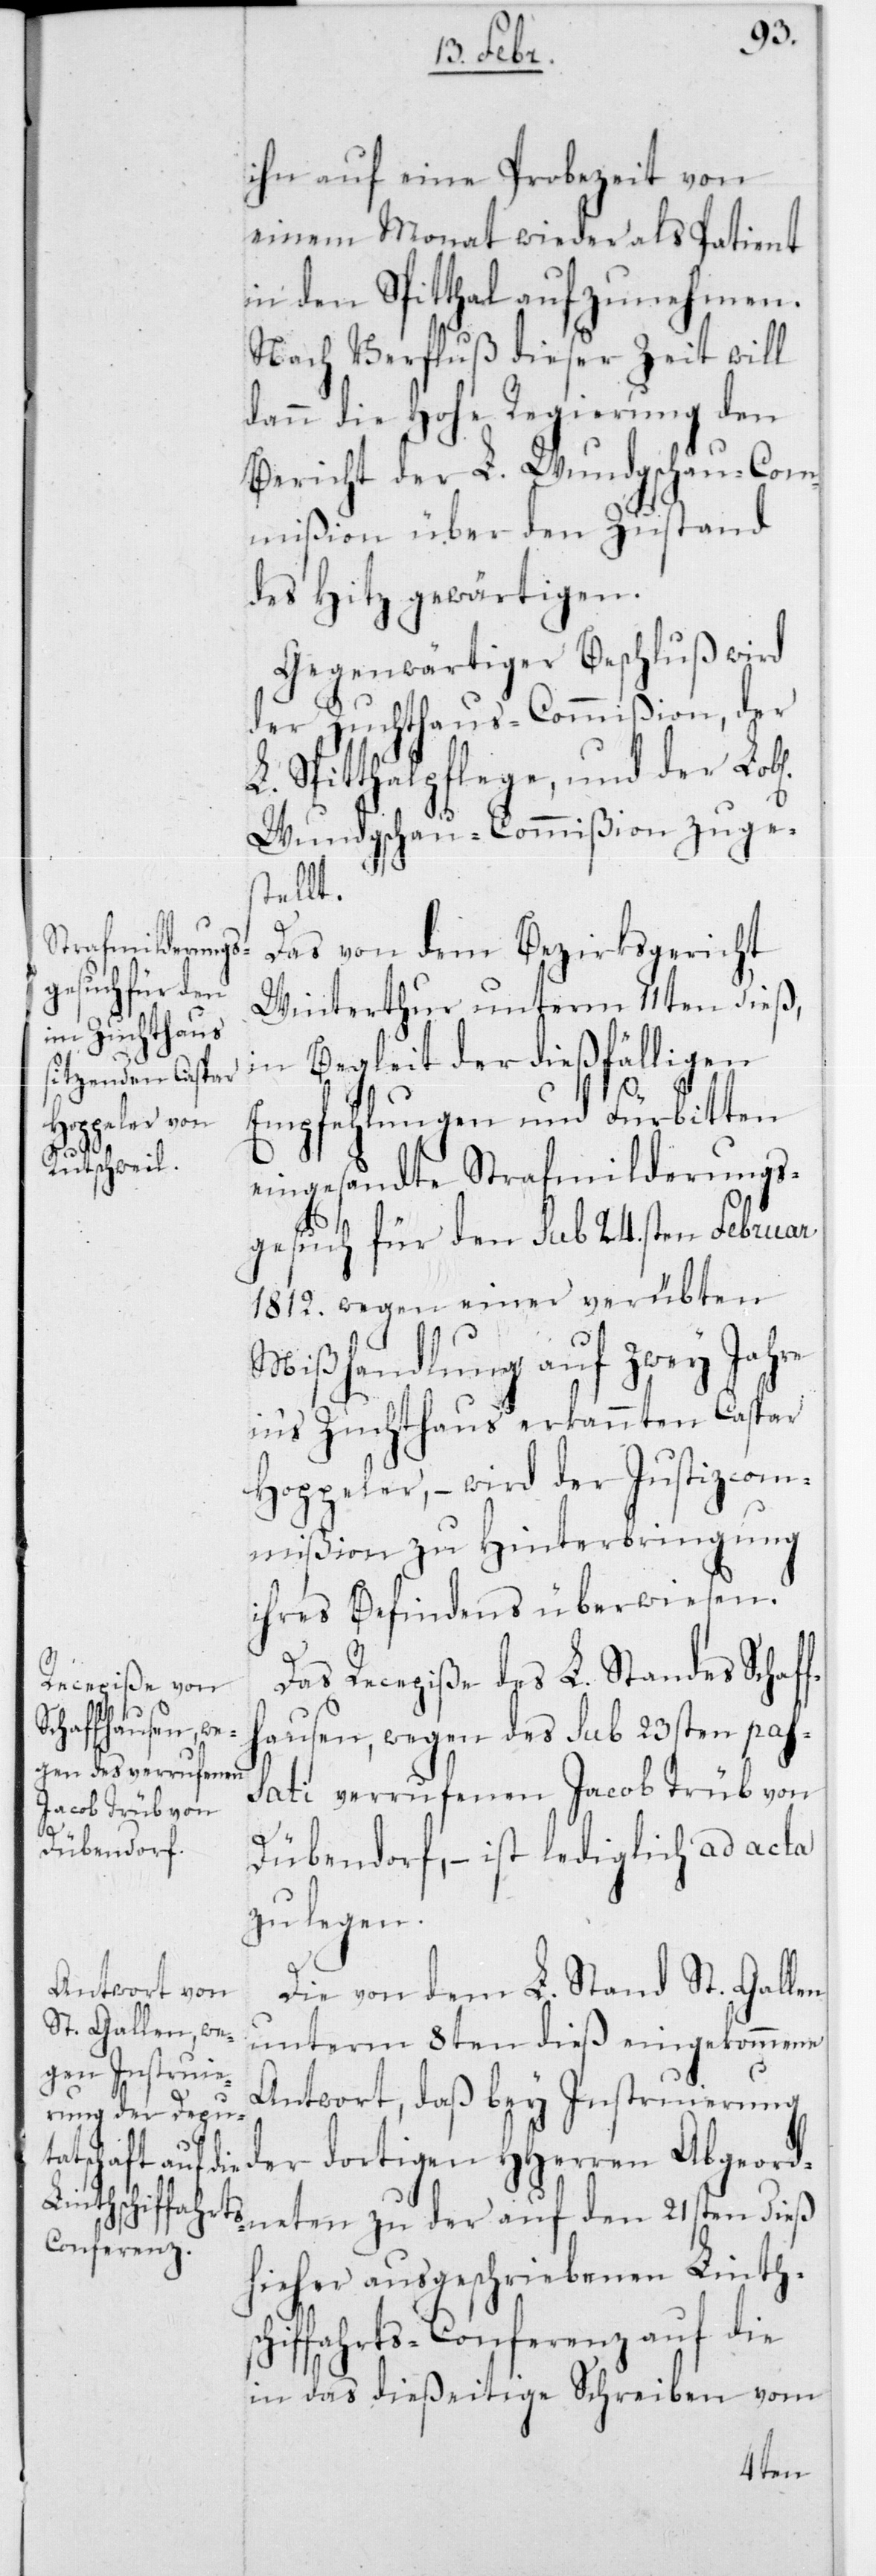
ihn auf eine Probezeit von
einem Monat wieder als Patient
in den Spitthal aufzunehmen.
Nach Verfluß dieser Zeit will
dann die Hohe Regierung den
Bericht der L. Wundgschau-Com¬
mißion über den Zustand
des Hitz gewärtigen.
Gegenwärtiger Beschluß wird
der Zuchthaus-Commißion, der
L. Spitthalpflege, und der Lobl.
Wundgschau-Commißion zuge¬
stellt.
Das von dem Bezirksgericht
Winterthur unterm 11ten dieß,
in Begleit der dießfälligen
Empfehlungen und Fürbitten
dieß
eingesandte Strafmilderungs¬
gesuch für den sub 24sten Februar
1812 wegen einer verübten
Mißhandlung auf zwey Jahre
in‘s Zuchthaus erkannten Caspar
Hoppeler, – wird der Justizcom¬
mißion zu Hinterbringung
ihres Befindens überwiesen.
Das Recepiße des L. Standes Schaf¬
ausen, wegen des sub 23sten pas¬
sati verrufenen Jacob Trüb von
Dübendorf, – ist lediglich ad acta
zu legen.
Die von dem L. Stand St. Gallen
unterm 8ten dieß eingekommene
Antwort, daß bey Instruierung
der dortigen HHerren Abgeordn¬
hieher ausgeschriebenen Linthsc¬
hiffahrts-Conferenz auf die
in das dießeitige Schreiben vom
ten